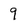
Character: 9